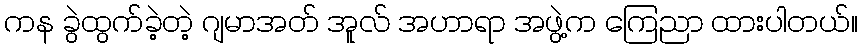
ကန ခွဲထွက်ခဲ့တဲ့ ဂျမာအတ် အူလ် အဟာရာ အဖွဲ့က ကြေညာ ထားပါတယ်။